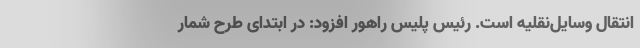
انتقال وسایل‌نقلیه است. رئیس پلیس راهور افزود: در ابتدای طرح شمار